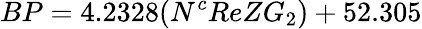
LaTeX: BP=4.2328(N^{c}ReZG_{2})+52.305